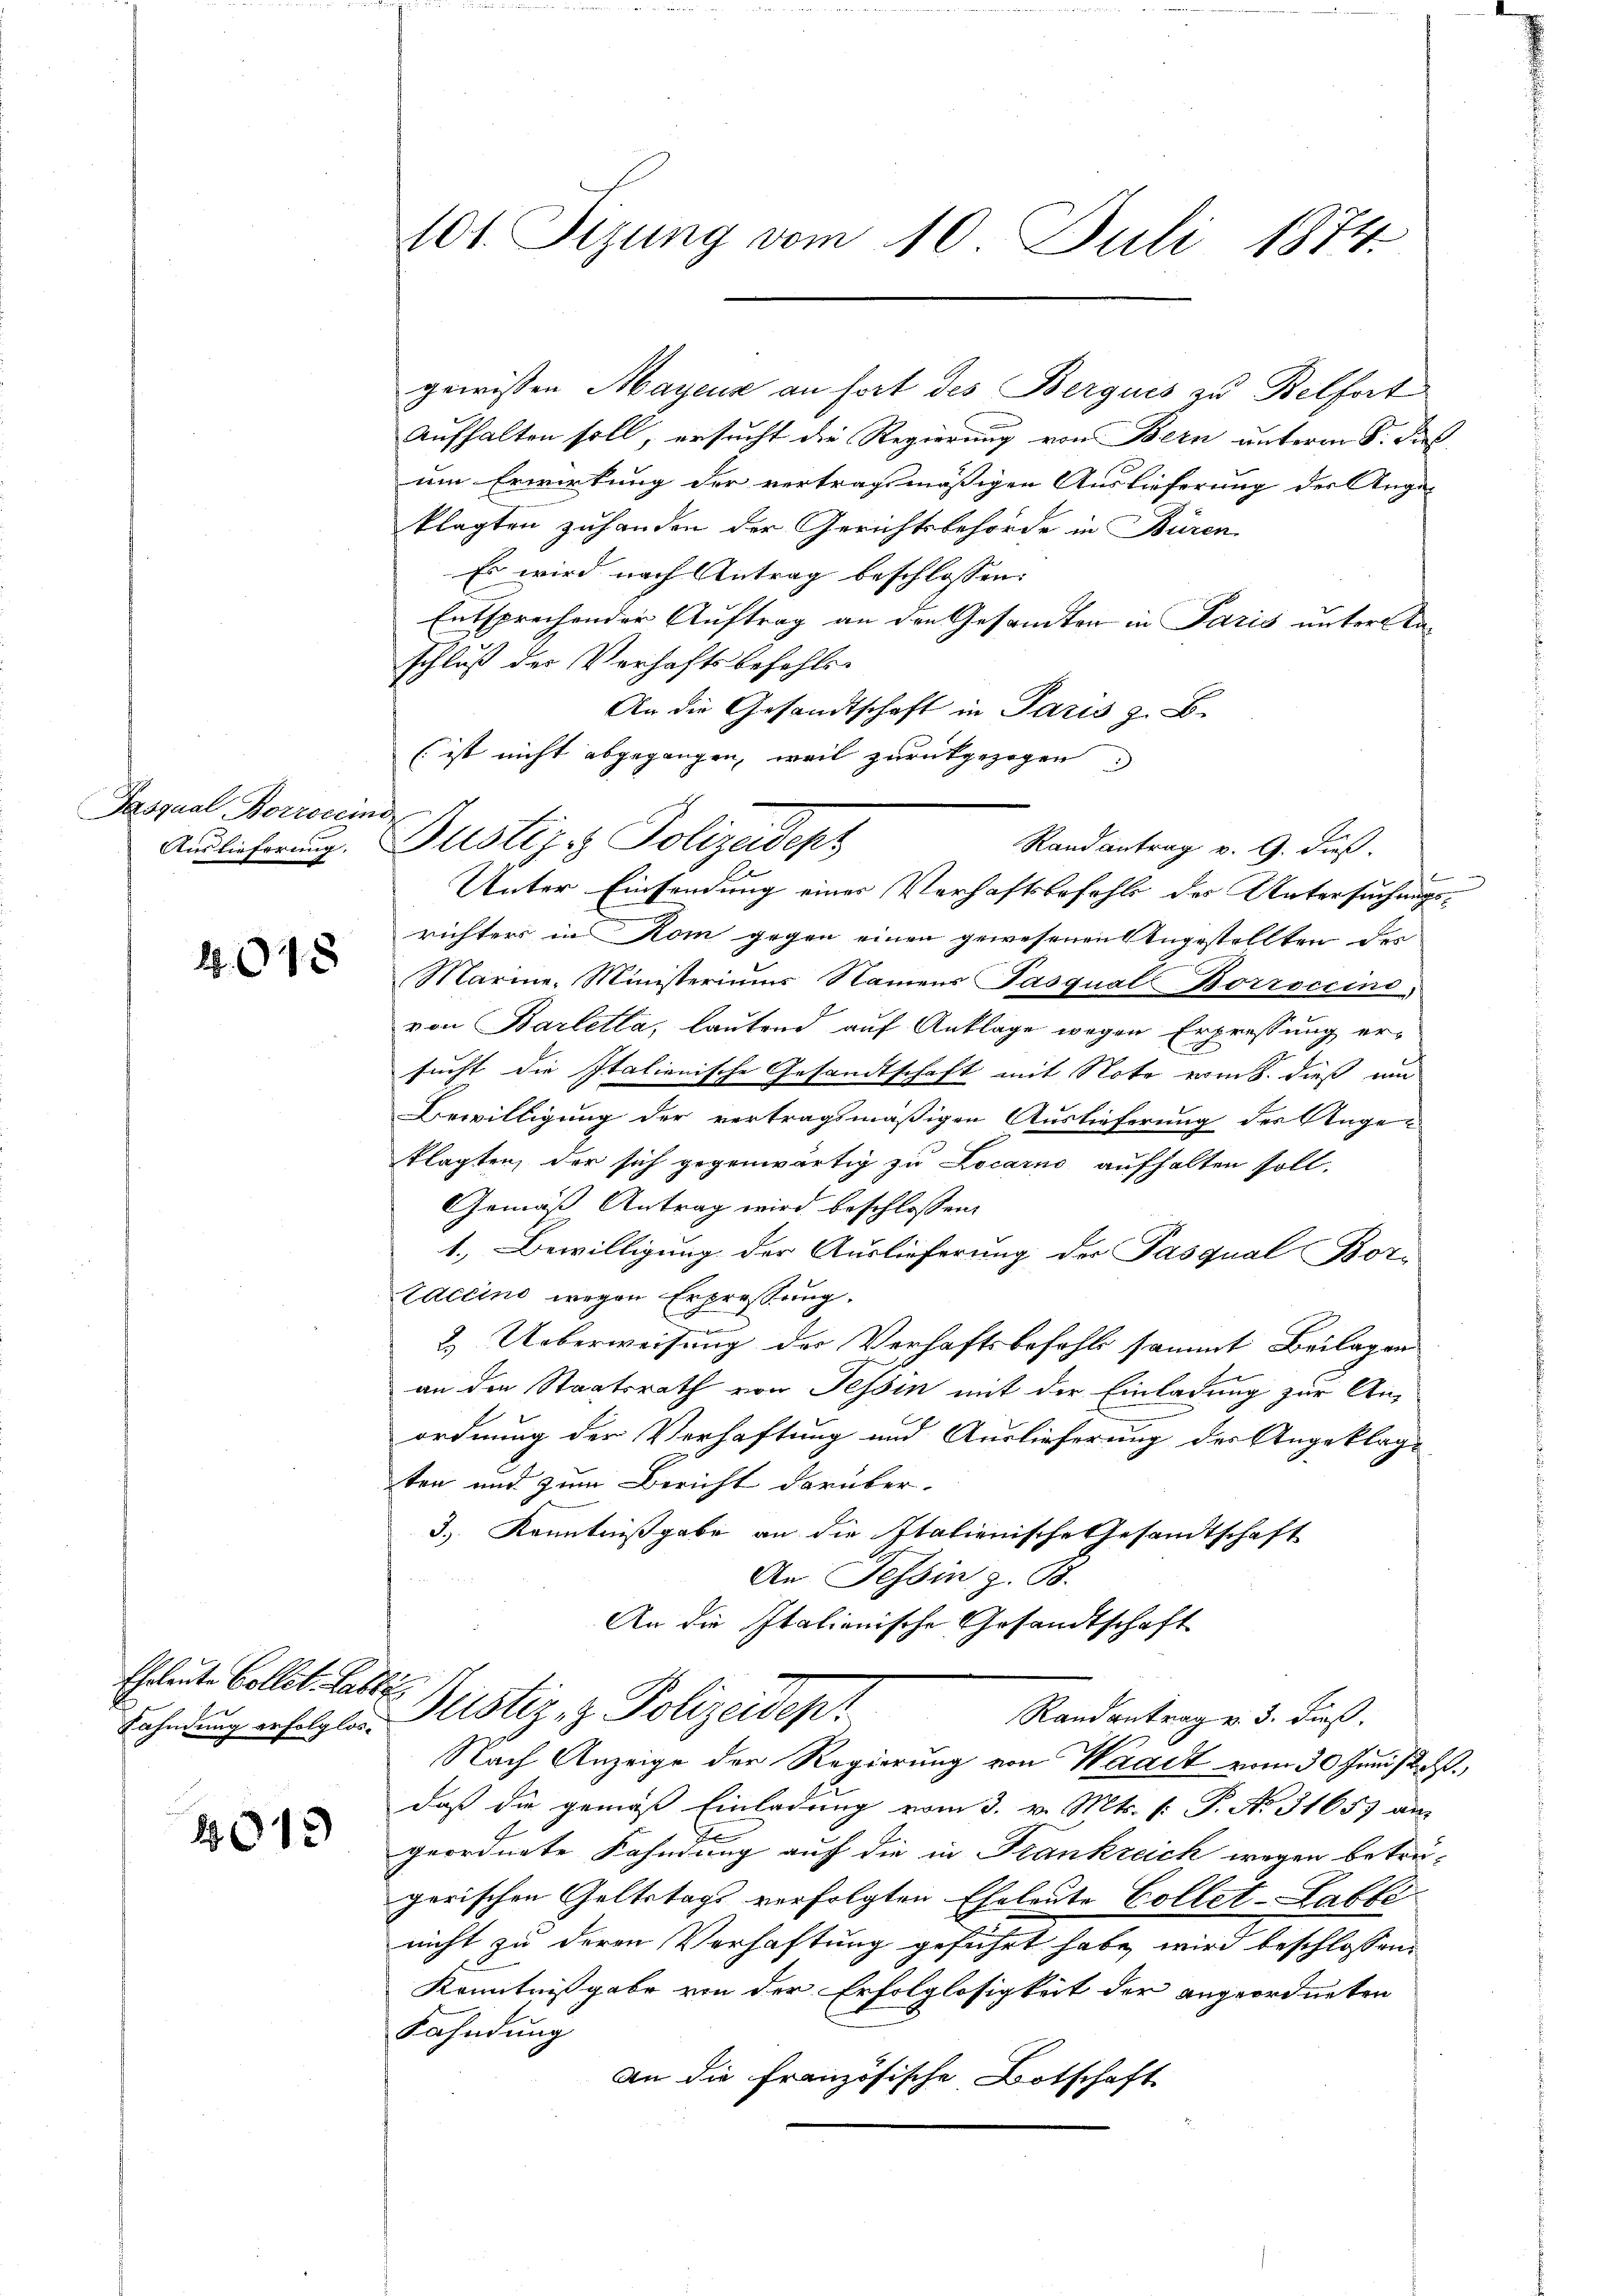
Pasqual Borrorem
Auslieferung.

1015

Eheleute Collet. Late
Fahndung erfolglos.

2013

101. Sizung vom 10. Juli 1874

gewissen Mayens an fort des Berguis zu Belfort
aufhalten soll, ersucht die Regierung von Bern unterm 8. Jus
um Erwirkung der vertragsmäßigen Auslieferung der Ange-
klagten zuhanden der Gerichtsbehörde in Büren
Es wird nach Antrag beschlossen:
Entsprechender Auftrag an den Gesandten in Paris unter kaschluß der Verhaftsbefehls-
An die Gesandtschaft in Paris z. B.
(ist nicht abgegangen, weil zurückgezogen.
Randantrag v. 9. dieß.
Unter Einsendung einer Verhaftsbefehl des Untersuchungsrichters in Rom gegen einen gewesenen Angestellten des
Marine Ministeriums Namens PasqualBorroccini,
von Barlella, lautend auf Anklage wegen Erpressung ersucht die Italienische Gesandtschaft mit Note vom 8. dieß um
Bewilligung der vertragsmäßigen Auslieferung des Angeklagten, der sich gegenwärtig zu Locarno aufhalten soll,
Gemäß Antrag wird beschlossen:
1. Bewilligung der Auslieferung der Pasqual Bortaccino wegen Erpressung.
2. Ueberweisung der Verhaftsbefehls sammt Beilagen
an den Staatsrath von Tessin mit der Einladung zur Anordnung der Verhaftung und Auslieferung der Angeklage
ten und zum Bericht darüber.
3.) Kenntnißgabe an die Italienische Gesandtschaft
An Tessin z. B.
An die Italienische Gesandtschaft
vo Gustiz- & Polizeidep
Randantrag v. 3. dieß.
Nach Anzeige der Regierung von Waadt vom 30. Juni 12. d.
daß die gemäß Einladung vom 3. v. Mts. (: P. No 3165) an
geordnete Kahndung auf die in Frankreich wegen betregerischen Geltstags verfolgten Eheleute Collet-Labte
nicht zu deren Verhaftung geführt habe, wird beschlossen:
Kenntnißgabe von der Erfolglosigkeit der angeordneten
Kahndung
An die Französische Botschaft

.
Justiz & Polizeideps